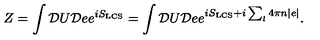
Z = \int { \cal D } U { \cal D } e e ^ { i S _ { \mathrm { \tiny L C S } } } = \int { \cal D } U { \cal D } e e ^ { i S _ { \mathrm { \tiny L C S } } + i \sum _ { l } 4 \pi n | e | } .